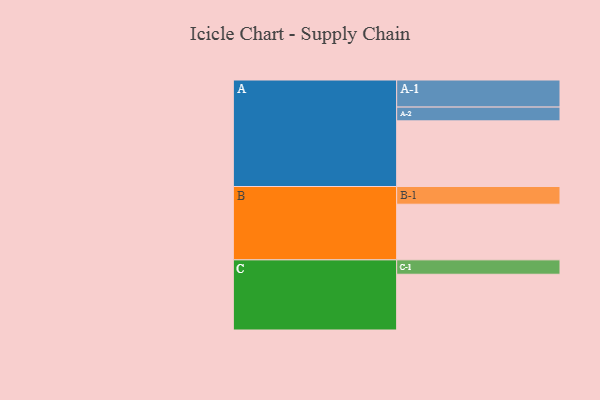
{"axis": {"x": "Segment", "y": "Value"}, "legend": ["", "A", "B", "C"], "data": [{"x": "A", "y": 538, "type": ""}, {"x": "B", "y": 456, "type": ""}, {"x": "C", "y": 457, "type": ""}, {"x": "A-1", "y": 222, "type": "A"}, {"x": "A-2", "y": 113, "type": "A"}, {"x": "B-1", "y": 145, "type": "B"}, {"x": "C-1", "y": 118, "type": "C"}]}